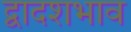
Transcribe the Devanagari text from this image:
द्वादशभाव